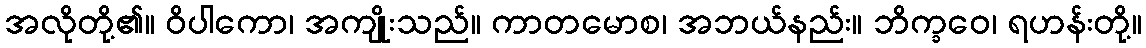
အလိုတို့၏။ ဝိပါကော၊ အကျိုးသည်။ ကာတမောစ၊ အဘယ်နည်း။ ဘိက္ခဝေ၊ ရဟန်းတို့။